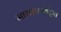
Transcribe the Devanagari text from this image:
माध्वाचार्यकृत